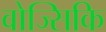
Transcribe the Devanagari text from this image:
वोज्सिकि